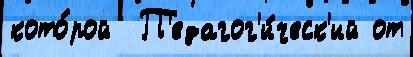
кото́рой  П'едагог'и́ческ'ий от